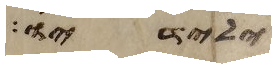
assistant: ילידיו